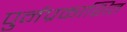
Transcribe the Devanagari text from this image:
पुर्नप्रकाशित